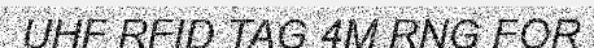
UHF RFID TAG 4M RNG FOR